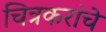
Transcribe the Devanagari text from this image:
चित्रकरांचे